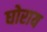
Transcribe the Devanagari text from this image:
घोराय